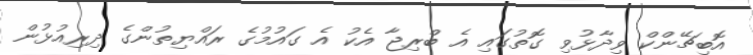
އޮބިޗޭންކް ވިދާޅުވި ގޮތުގައި އެ ބްރިޖާ އެކު އެ ގައުމުގެ ރައްޔިތުންގެ ދިރިއުޅުން